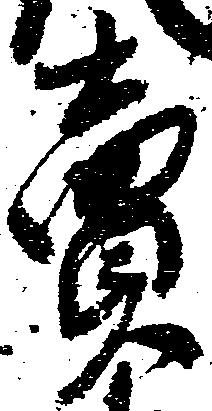
売